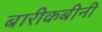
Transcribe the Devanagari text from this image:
बारीकबीनी